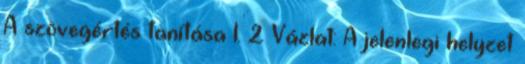
A szövegértés tanítása I. 2 Vázlat: A jelenlegi helyzet